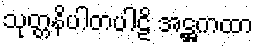
သုတ္တနိပါတပါဠိ အဋ္ဌကထာ